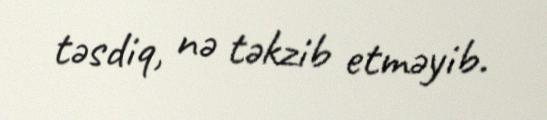
təsdiq, nə təkzib etməyib.